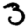
Digit: 3